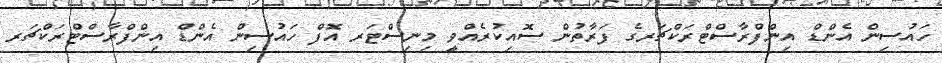
ހައުސިން އެންޑް އިންފްރާސްޓްރަކްޗަރގެ ފަރާތުން ސޮއިކުރެއްވީ މިނިސްޓަރ އޮފް ހައުސިން އެންޑް އިންފްރާސްޓްރަކްޗަރ